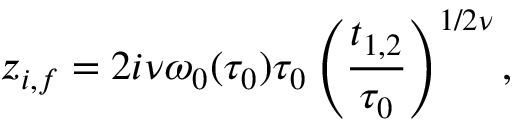
z _ { i , f } = 2 i \nu \omega _ { 0 } ( \tau _ { 0 } ) \tau _ { 0 } \left( \frac { t _ { 1 , 2 } } { \tau _ { 0 } } \right) ^ { 1 / 2 \nu } ,